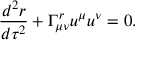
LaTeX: { \frac { d ^ { 2 } r } { d \tau ^ { 2 } } } + \Gamma _ { \mu \nu } ^ { r } u ^ { \mu } u ^ { \nu } = 0 .